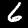
Digit: 6